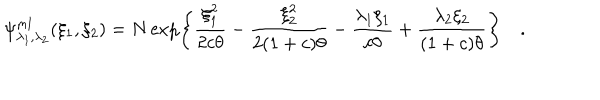
\psi _ { \lambda _ { 1 } , \lambda _ { 2 } } ^ { m l } ( \xi _ { 1 } , \xi _ { 2 } ) = N \exp \left\lbrace { \frac { \xi _ { 1 } ^ { 2 } } { 2 c \theta } } - { \frac { \xi _ { 2 } ^ { 2 } } { 2 ( 1 + c ) \theta } } - { \frac { \lambda _ { 1 } \xi _ { 1 } } { c \theta } } + { \frac { \lambda _ { 2 } \xi _ { 2 } } { ( 1 + c ) \theta } } \right\rbrace \quad .